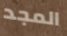
المجد